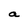
Character: a